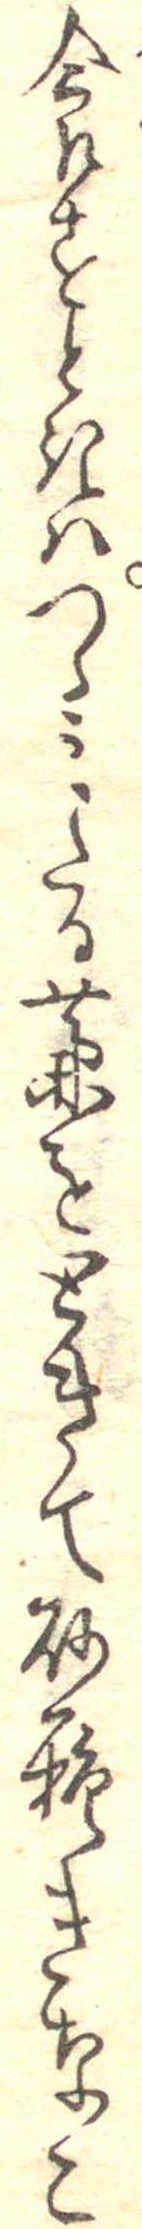
食すときはつゝみたる藁をときて砂糖きなこ